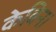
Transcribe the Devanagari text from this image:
केबिन।